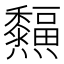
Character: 𤓜